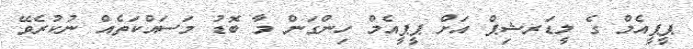
ޕީޕީއެމް ގެ ލީޑަރޝިޕް އަށް ޕީޕީއެމް ހިންގަން މާ ބޮޑު މަަސައްކަތެއް ނުކުރެވޭ